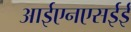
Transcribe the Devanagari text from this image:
आईएनएसईई